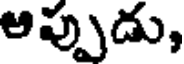
అప్పుడు,